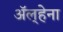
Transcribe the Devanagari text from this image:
अॅल्हेना